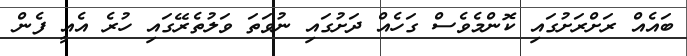
ބައެއް ރަށްރަށުގައި ކޮންމެވެސް ގަހެއް ދަށުގައި ނުވަތަ ވަލުތެރޭގައި ހުރެ އެއީ ފެން